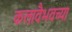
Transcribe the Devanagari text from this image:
कलावैभवच्या